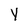
Character: y